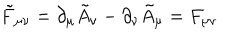
\tilde { F } _ { \mu \nu } = \partial _ { \mu } \tilde { A } _ { \nu } - \partial _ { \nu } \tilde { A } _ { \mu } = F _ { \mu \nu }